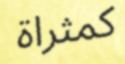
كمثراة